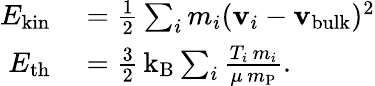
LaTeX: \begin{array}{rl}{E_{\mathrm{kin}}}&{{}=\frac{1}{2}\sum_{i}m_{i}({\mathbf v}_{i}-{\mathbf v_{\mathrm{bulk}}})^{2}}\\ {E_{\mathrm{th}}}&{{}=\frac{3}{2}\, \mathrm{k_{B}}\sum_{i}\frac{T_{i}\, m_{i}}{\mu\, m_{\mathrm{P}}}.}\end{array}